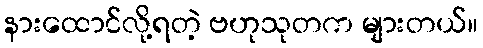
နားထောင်လို့ရတဲ့ ဗဟုသုတက များတယ်။